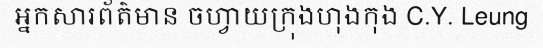
អ្នកសារព័ត៌មាន ចហ្វាយក្រុងហុងកុង C.Y. Leung